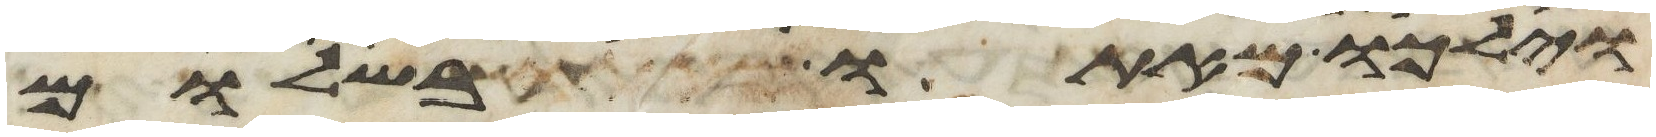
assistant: וילכו מאתו בשלום